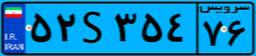
۵۲S۳۵۴۷۶